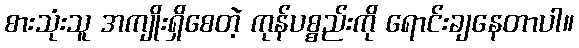
စားသုံးသူ အကျိုးရှိစေတဲ့ ကုန်ပစ္စည်းကို ရောင်းချနေတာပါ။